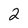
Character: 2